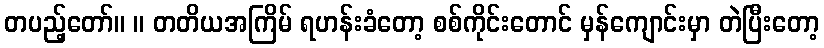
တပည့်တော်။ ။ တတိယအကြိမ် ရဟန်းခံတော့ စစ်ကိုင်းတောင် မှန်ကျောင်းမှာ တဲပြီးတော့